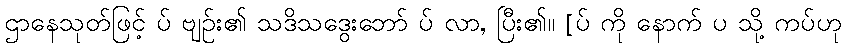
ဌာနေသုတ်ဖြင့် ပ် ဗျဉ်း၏ သဒိသဒွေးဘော် ပ် လာ, ပြီး၏။ [ပ် ကို နောက် ပ သို့ ကပ်ဟု